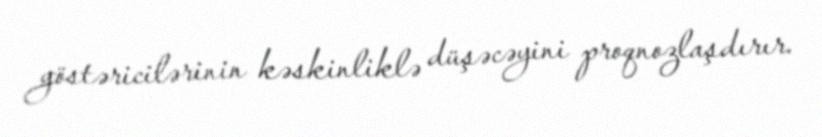
göstəricilərinin kəskinliklə düşəcəyini proqnozlaşdırır.